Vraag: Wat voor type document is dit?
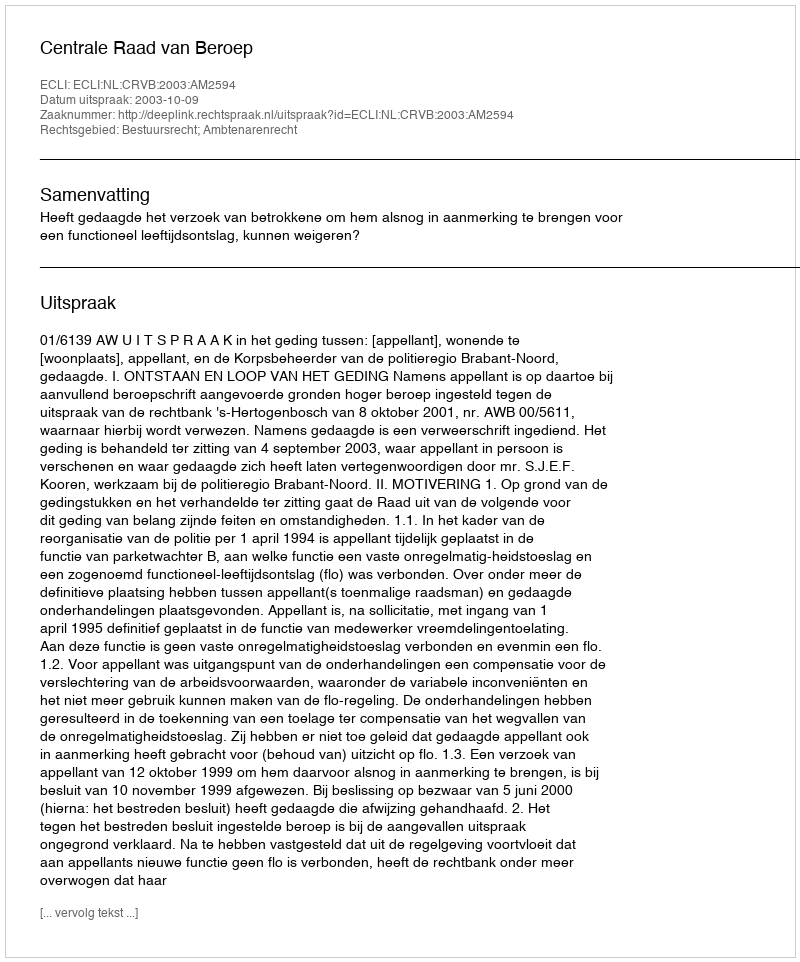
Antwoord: Uitspraak